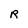
Character: R